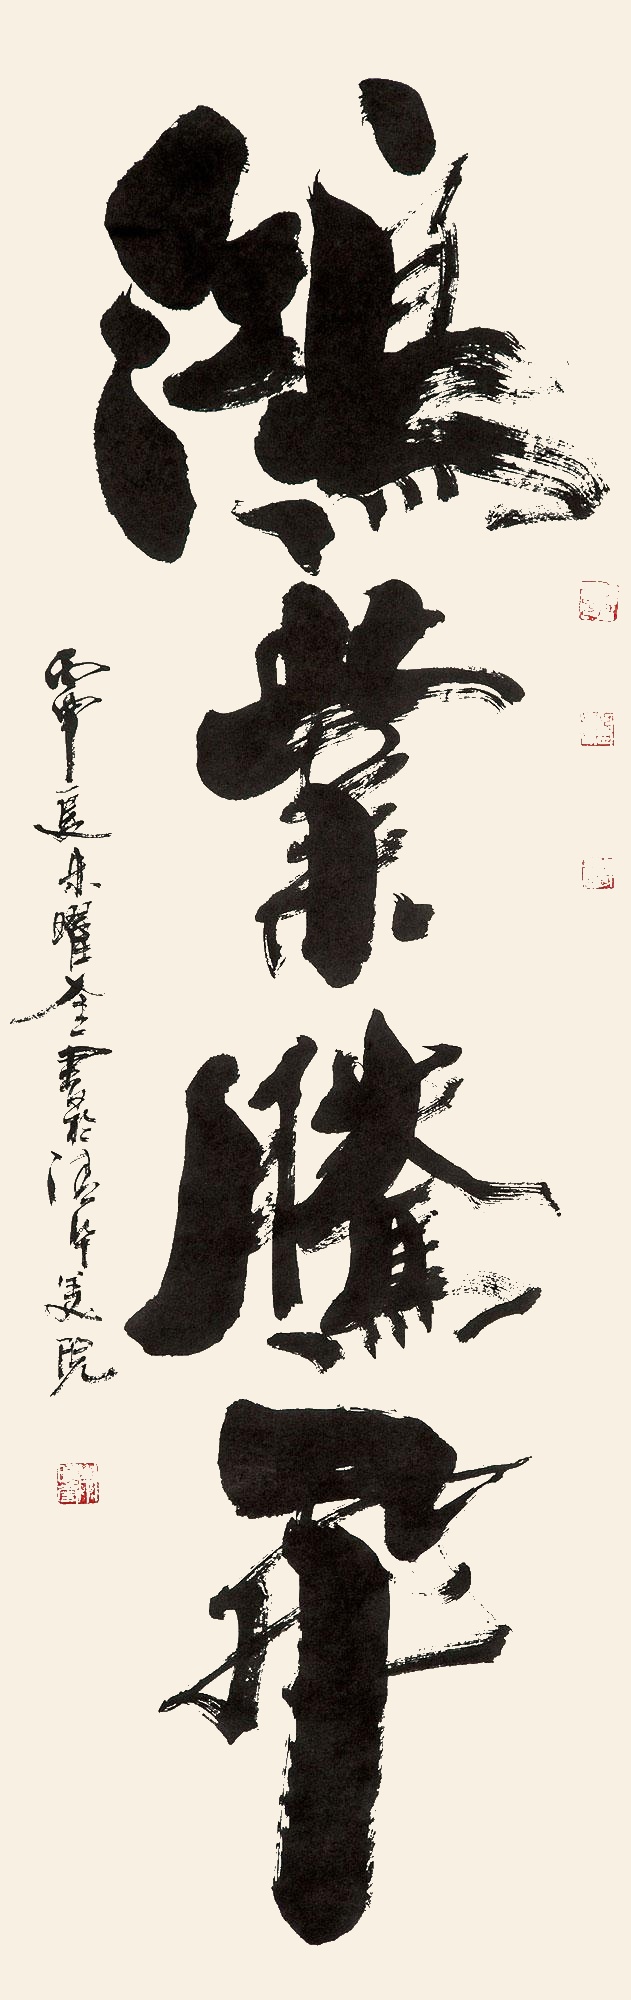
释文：鸿业腾飞丙申夏，朱曜奎书于清华美院。